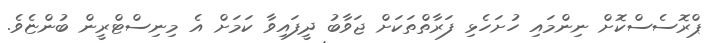
ޕްރޮސެސްކޮށް ނިންމައި ހުށަހެޅި ފަރާތްތަކަށް ޖަވާބު ދީފައިވާ ކަމަށް އެ މިނިސްޓްރީން ބުންޏެވެ.